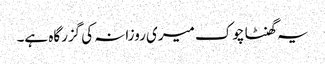
یہ گھنٹا چوک میری روزانہ کی گزرگاہ ہے۔